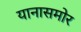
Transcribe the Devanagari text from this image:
यानासमोर